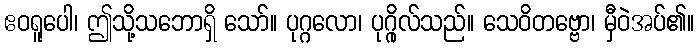
ဧဝရူပေါ၊ ဤသို့သဘောရှိ သော်။ ပုဂ္ဂလော၊ ပုဂ္ဂိုလ်သည်။ သေဝိတဗ္ဗော၊ မှီဝဲအပ်၏။